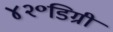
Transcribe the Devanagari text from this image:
४२॰डिग्री